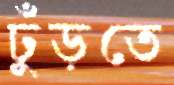
ঢুঁড়তে